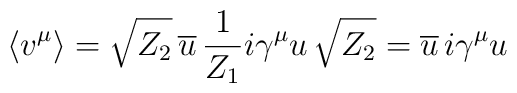
\langle v^\mu \rangle = \sqrt{Z_2} \, \overline{u} \, {1\over Z_1}i \gamma^\mu u \, \sqrt{Z_2} = \overline{u} \, i \gamma^\mu u